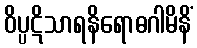
ဝိပ္ပဋိသာရနိရောဓဂါမိနိံ